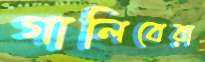
গালিবেরা